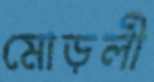
মোড়লী